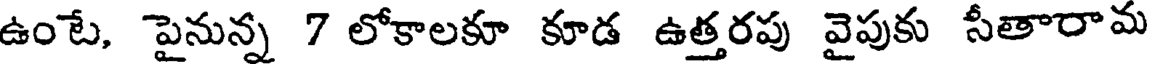
ఉంటే, పైనున్న 7 లోకాలకూ కూడ ఉత్తరపు వైపుకు సీతారామ